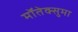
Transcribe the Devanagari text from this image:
मॉतेक्सुमा